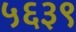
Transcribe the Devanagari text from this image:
५६३९